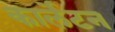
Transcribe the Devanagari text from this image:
कार्लेटन